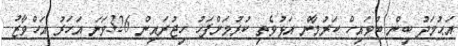
އަޙުމަދު ބިން ބުވައިހް ކަރުމާން އަޅުވެތި ކުރުމަށްފަހު ހިޖުރައިން 326ވަނަ އަހަރު އަހްވާޒު